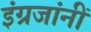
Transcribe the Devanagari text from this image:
इंग्रजांनीं